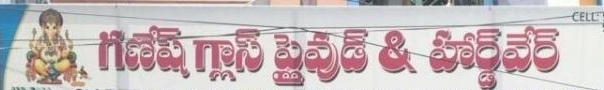
Language: telugu
Transcription: హార్డ్ వేర్ గణేష్ గ్లాస్ ప్లైవుడ్